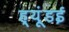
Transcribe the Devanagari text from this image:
ह्यूंडई